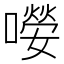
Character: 𡀘